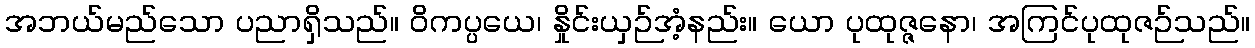
အဘယ်မည်သော ပညာရှိသည်။ ဝိကပ္ပယေ၊ နှိုင်းယှဉ်အံ့နည်း။ ယော ပုထုဇ္ဇနော၊ အကြင်ပုထုဇဉ်သည်။